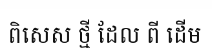
ពិសេស ថ្មី ដែល ពី ដើម